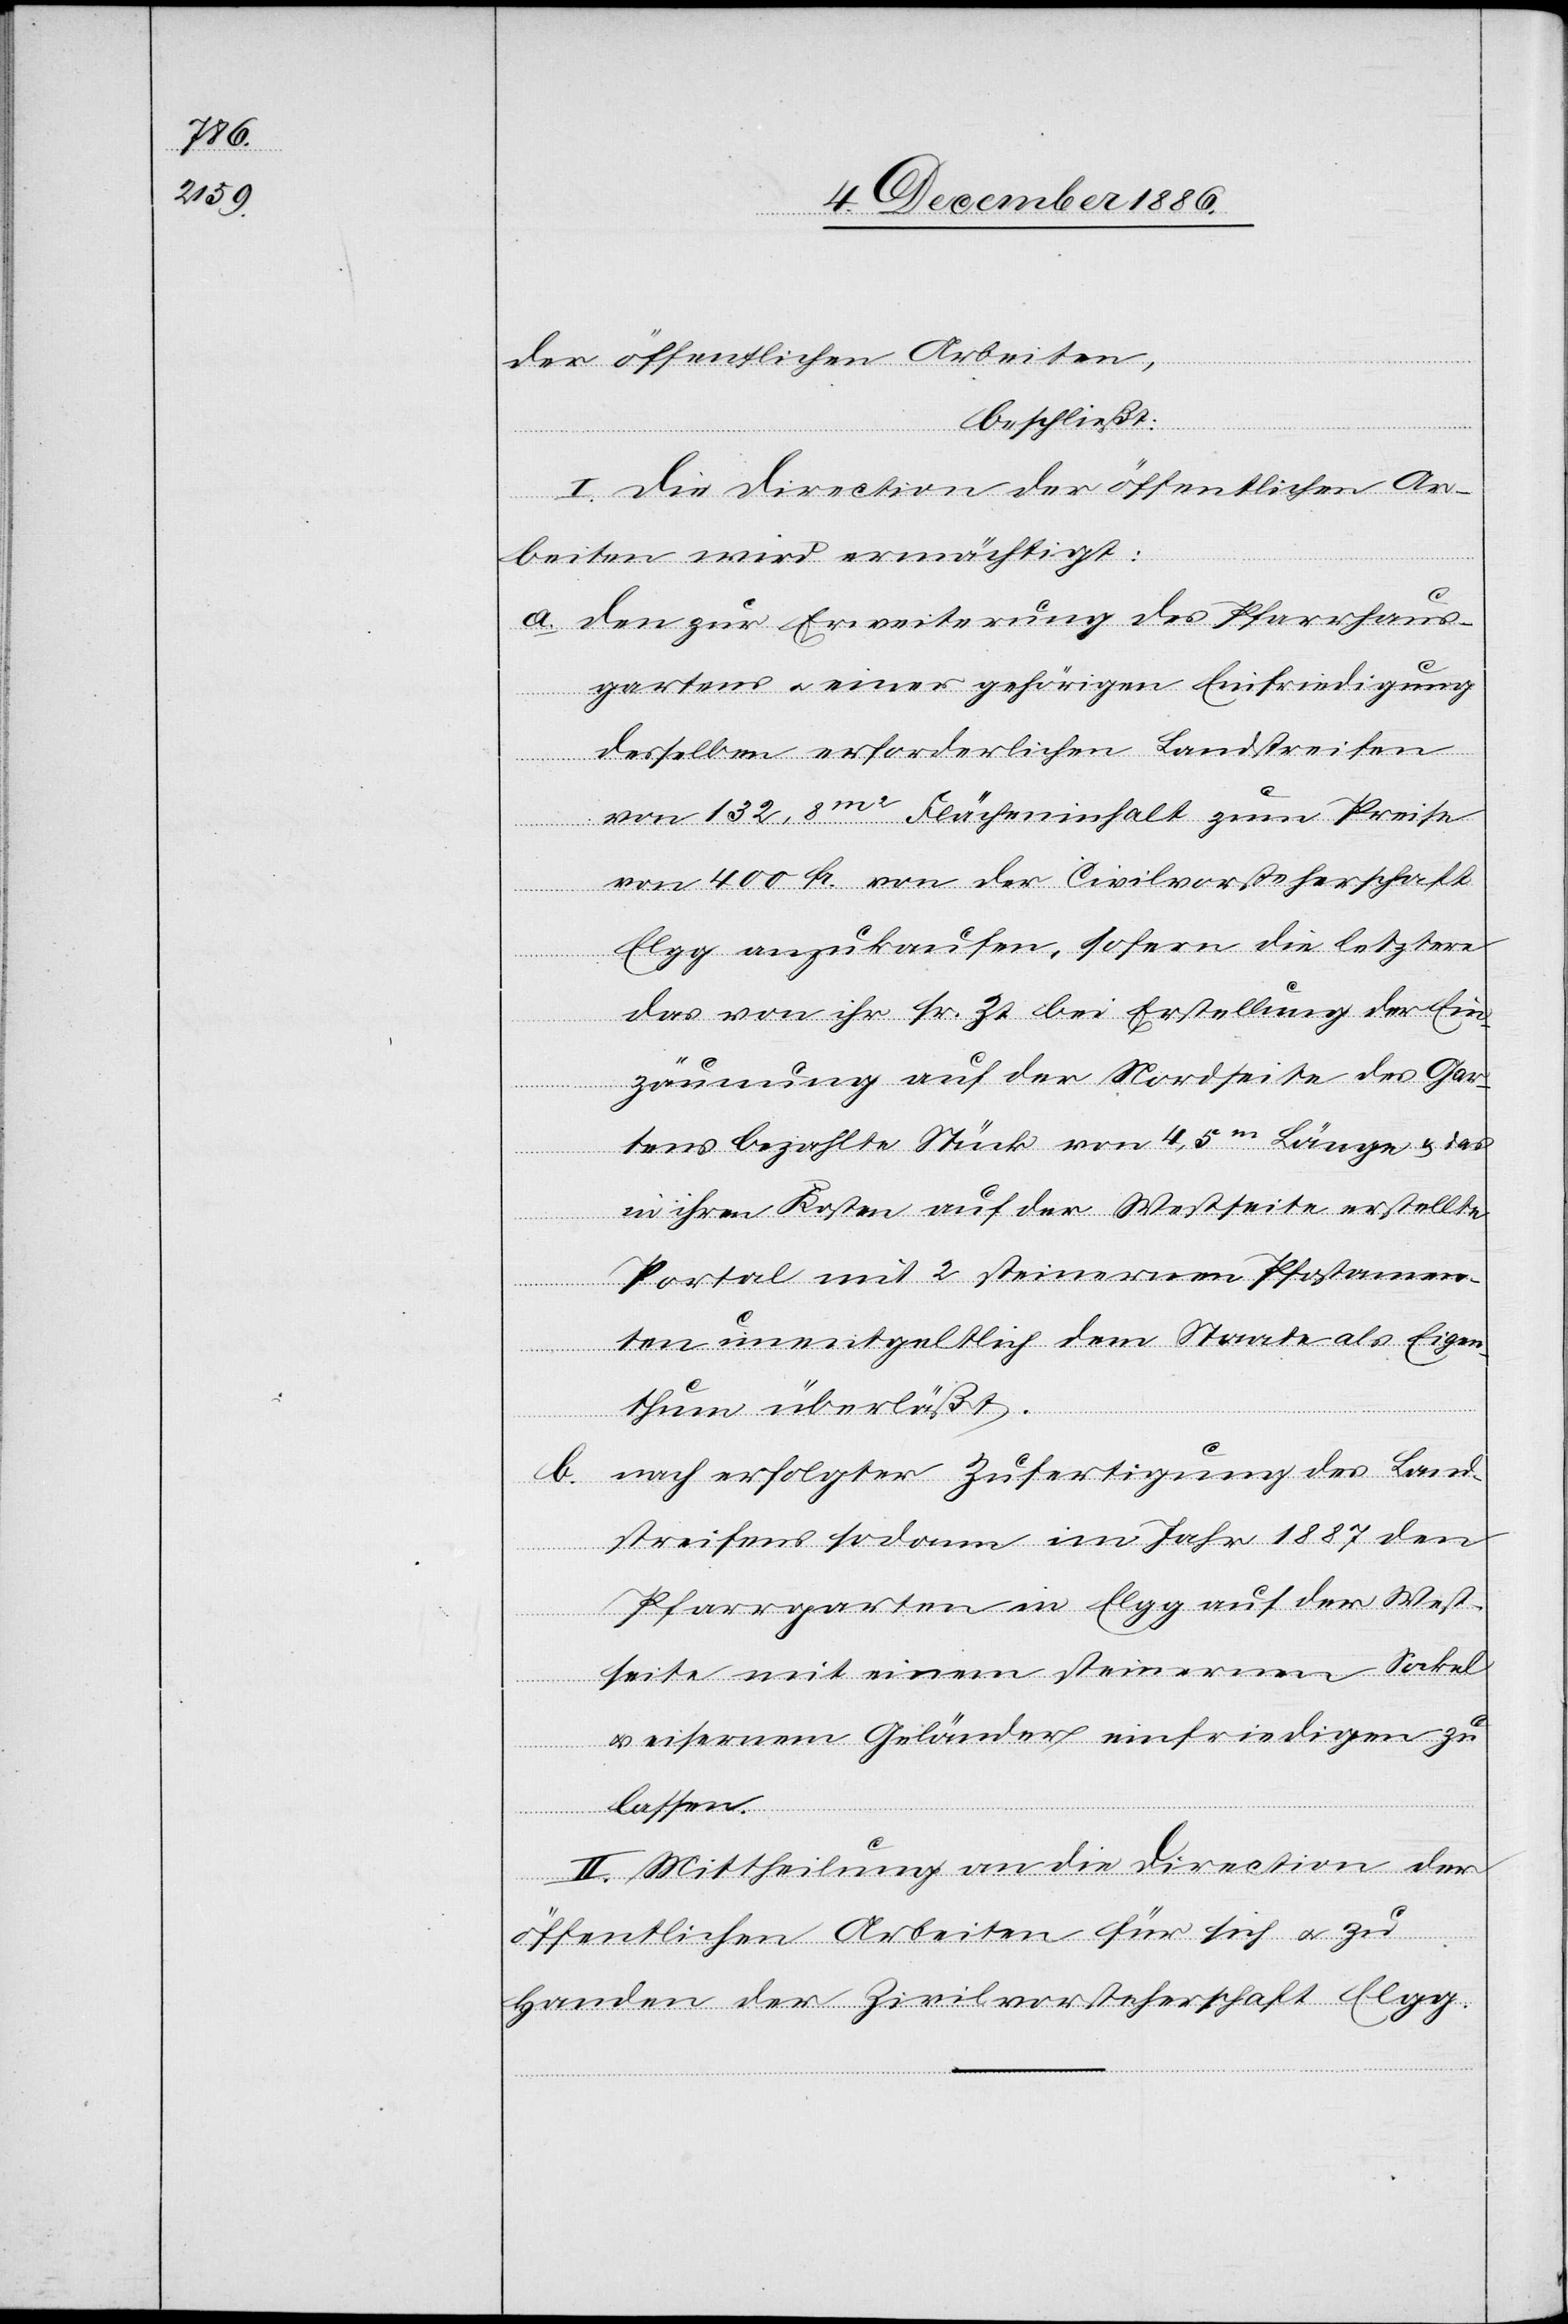
der öffentlichen Arbeiten,
beschließt:
I. Die Direction der öffentlichen Ar¬
beiten wird ermächtigt:
a. den zur Erweiterung des Pfarrhaus¬
gartens & einer gehörigen Einfriedigung
desselben erforderlichen Landstreifen
von 132,8m2 Flächeninhalt zum Preise
von 400 Fr. von der Civilvorsteherschaft
Elgg anzukaufen, sofern die letztere
das von ihr sr. Zt. bei Erstellung der Ein¬
zäunung auf der Nordseite des Gar¬
tens bezahlte Stück von 4,5m Länge & das
in ihren Kosten auf der Westseite erstellte
Portal mit 2 steinernen Pfostamen¬
ten unentgeltlich dem Staate als Eigen¬
thum überläßt.
b. nach erfolgter Zufertigung des Land¬
streifens sodann im Jahr 1887 den
Pfarrgarten in Elgg auf der West¬
seite mit einem steinernen Sockel
& eisernem Geländer einfriedigen zu
lassen.
II. Mittheilung an die Direction der
öffentlichen Arbeiten für sich & zu
Handen der Zivilvorsteherschaft Elgg.